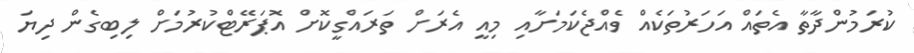
ކުރަމުންދާތާ އެތައް އަހަރުތަކެއް ވެއްޖެކަމަށާއި މިއީ އެރަށް ތަރައްގީކޮށް އޮޕަރޭޓްކުރުމަށް ލިބިގެން ދިޔަ